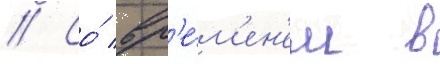
// Со́ вр'е́м'ен'ем в